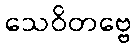
သေဝိတဗ္ဗေ